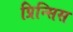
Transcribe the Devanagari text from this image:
प्रिन्सिस